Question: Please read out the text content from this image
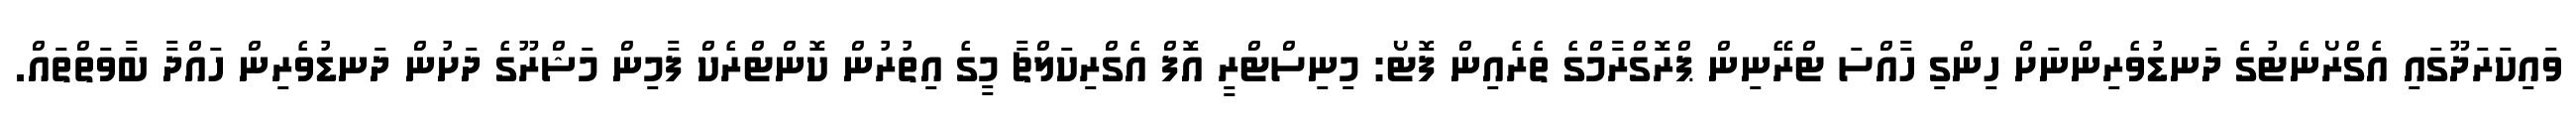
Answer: ވައިކަރަދޫގައި އެގްރޯނެޓުގެ ދަނޑުވެރިންނަށް ހިންގި ހާއްސަ ޓްރޭނިން ޕްރޮގްރާމްގެ ތެރެއިން ފޮޓޯ: މިނިސްޓްރީ އޮފް އެގްރިކަލްޗާ މީގެ އިތުރުން ކޮންޓްރެކް ފާމިން މަޝްރޫގެ ދަށުން ދަނޑުވެރިން ހައްދާ ބާވަތްތައް.